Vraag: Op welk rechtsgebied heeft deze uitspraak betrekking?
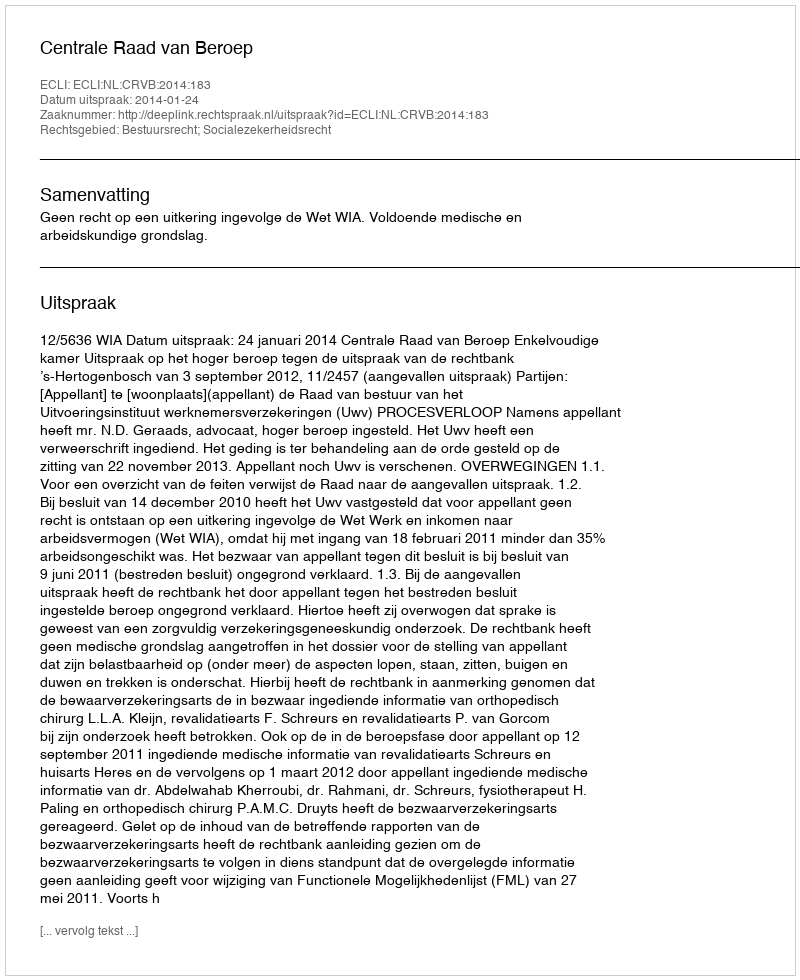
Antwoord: Bestuursrecht; Socialezekerheidsrecht